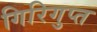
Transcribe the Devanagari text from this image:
गिरिगुप्त